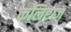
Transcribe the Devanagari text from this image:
कलिराज